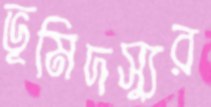
ভূমিদস্যুর